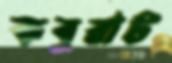
কবুরাট